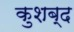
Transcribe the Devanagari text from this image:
कुशब्द